Indian journal of veterinary science and animal husbandry - Volumes 24-25, 1954-1955
Year: 1954
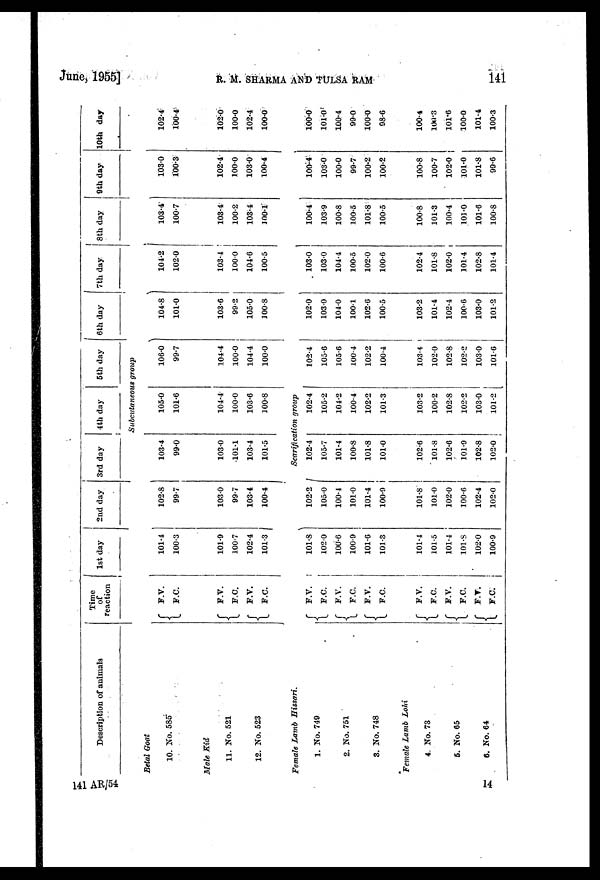
June, 1955]
R.
M.
SHARMA
AND
TULSA
RAM
141
Description of animals
Time
of
reaction
1st day
2nd day
3rd day
4th day
5th day
6th day
7th day
8th day
9th day
10th day
Subcutaneous
group
Betal Goat
10. No. 585
Male Kid
11. No. 521
12. No. 523
Female Lamb
Hissari.
1. No. 749
2. No. 751
3. No. 748
Female Lamb
Lohi
4. No. 73
5. No. 65
6. No. 64
F.V.
F.C.
F.V.
F.C.
F.V.
F.C.
101.4
100.3
101.9
100.7
102.4
101.3
102.8
99.7
103.0
99.7
103.4
100.4
103.4
99.0
103.0
101.1
103.4
101.5
105.0
101.6
104.4
100.0
103.6
100.8
106.0
99.7
104.4
100.0
104.4
100.0
104.8
101.0
103.6
99.2
105.0
100.8
104.2
102.0
103.4
100.0
104.6
100.5
103.4
100.7
103.4
100.2
103.4
100.1
103.0
100.3
102.4
100.0
103.0
100.4
102.4
100.4
102.0
100.0
102.4
100.0
Scarification
group
F.V.
F.C.
F.V.
F.C.
F.V.
F.C.
F.V.
F.C.
F.V.
F.C.
F.V.
F.C.
101.8
102.0
100.6
100.9
101.6
101.3
101.4
101.5
101.4
101.8
102.0
100.9
102.2
105.0
100.4
101.0
101.4
100.9
101.8
101.0
102.0
100.6
102.4
102.0
102.4
105.7
101.4
100.8
101.8
101.0
102.6
101.8
102.6
101.9
102.8
102.0
102.4
105.2
104.2
100.4
102.2
101.3
103.2
100.2
102.8
102.2
103.0
101.2
102.4
105.6
105.6
100.4
102.2
100.4
103.4
102.0
102.8
102.2
103.0
101.6
102.0
103.0
104.0
100.1
102.6
100.5
100.2
101.4
102.4
100.6
103.0
101.2
103.0
103.0
104.4
100.5
102.0
100.6
102.4
101.8
102.0
101.4
102.8
101.4
100.4
103.9
100.8
100.5
101.8
100.5
100.8
101.3
100.4
101.0
101.6
100.8
100.4
103.0
100.0
99.7
100.2
100.2
100.8
100.7
102.0
101.0
101.8
99.6
100.0
101.0
100.4
99.0
100.0
98.6
100.4
100.3
101.6
100.0
101.4
100.3
141 AR/54
14